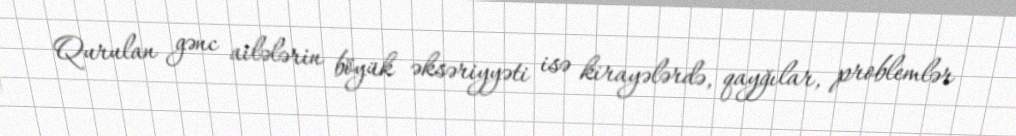
Qurulan gənc ailələrin böyük əksəriyyəti isə kirayələrdə, qayğılar, problemlər